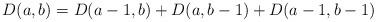
LaTeX: \begin{align*}D(a,b)=D(a-1,b)+D(a,b-1)+D(a-1,b-1)\end{align*}